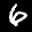
Label: 6